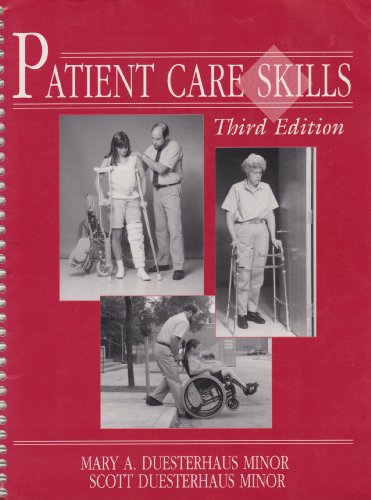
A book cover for Patient Care Skills; Scott Duesterhaus Minor; Medical Books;